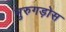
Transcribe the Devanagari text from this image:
मुरुगड़ोस